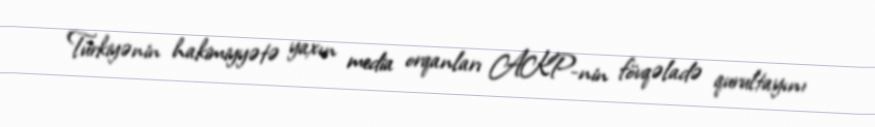
Türkiyənin hakimiyyətə yaxın media orqanları AKP-nin fövqəladə qurultayını